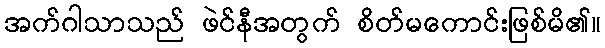
အက်ဂါသာသည် ဖဲင်နီအတွက် စိတ်မကောင်းဖြစ်မိ၏။